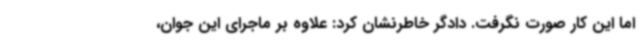
اما این کار صورت نگرفت. دادگر خاطرنشان کرد: علاوه بر ماجرای این جوان،